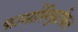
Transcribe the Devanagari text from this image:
फार्मासियुटीकल